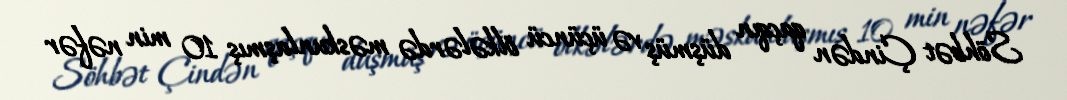
Söhbət Çindən qaçqın düşmüş və üçüncü ölkələrdə məskunlaşmış 10 min nəfər